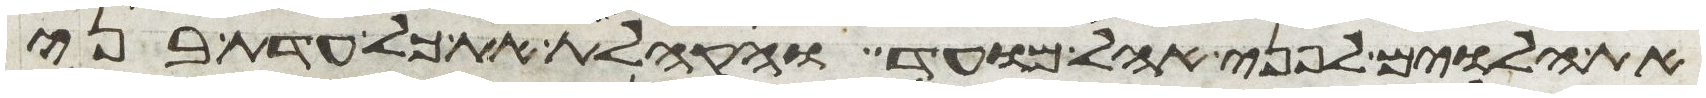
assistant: את הלוים לפני אהל מועד והקהלת את כל עדת בני